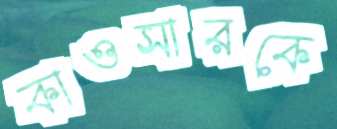
কাওসারকে